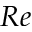
R e